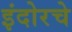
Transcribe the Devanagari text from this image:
इंदोरचे